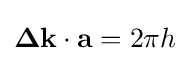
\mathbf {\Delta k} \cdot \mathbf {a} =2\pi h